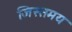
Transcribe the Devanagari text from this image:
जिस्समय